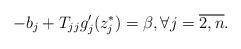
LaTeX: \begin{align*}-b_{j}+T_{jj}g_{j}^{\prime }(z_{j}^{\ast })=\beta ,\forall j=\overline{2,n}. \end{align*}